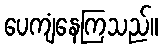
ပေကျံနေကြသည်။